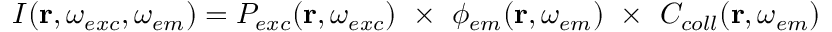
\begin{array} { r } { I ( \mathbf { r } , \omega _ { e x c } , \omega _ { e m } ) = P _ { e x c } ( \mathbf { r } , \omega _ { e x c } ) ~ \times ~ \phi _ { e m } ( \mathbf { r } , \omega _ { e m } ) \ \times ~ C _ { c o l l } ( \mathbf { r } , \omega _ { e m } ) } \end{array}